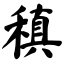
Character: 稹